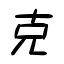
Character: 克